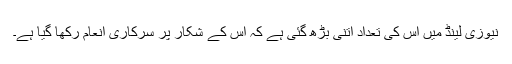
نیوزی لینڈ میں اس کی تعداد اتنی بڑھ گئی ہے کہ اس کے شکار پر سرکاری انعام رکھا گیا ہے۔